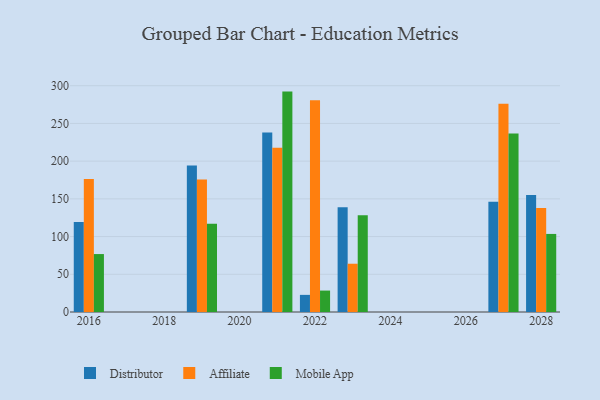
{"axis": {"x": "Year", "y": "Page Views"}, "legend": ["Affiliate", "Distributor", "Mobile App"], "data": [{"x": "2023", "y": 139.0, "type": "Distributor"}, {"x": "2023", "y": 64.0, "type": "Affiliate"}, {"x": "2023", "y": 128.2, "type": "Mobile App"}, {"x": "2021", "y": 238.1, "type": "Distributor"}, {"x": "2021", "y": 217.6, "type": "Affiliate"}, {"x": "2021", "y": 292.2, "type": "Mobile App"}, {"x": "2016", "y": 119.4, "type": "Distributor"}, {"x": "2016", "y": 176.4, "type": "Affiliate"}, {"x": "2016", "y": 76.8, "type": "Mobile App"}, {"x": "2028", "y": 155.0, "type": "Distributor"}, {"x": "2028", "y": 137.9, "type": "Affiliate"}, {"x": "2028", "y": 103.5, "type": "Mobile App"}, {"x": "2027", "y": 146.1, "type": "Distributor"}, {"x": "2027", "y": 276.2, "type": "Affiliate"}, {"x": "2027", "y": 236.8, "type": "Mobile App"}, {"x": "2022", "y": 22.7, "type": "Distributor"}, {"x": "2022", "y": 280.6, "type": "Affiliate"}, {"x": "2022", "y": 28.4, "type": "Mobile App"}, {"x": "2019", "y": 194.1, "type": "Distributor"}, {"x": "2019", "y": 175.6, "type": "Affiliate"}, {"x": "2019", "y": 117.1, "type": "Mobile App"}]}